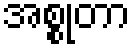
အစ္စုတာ